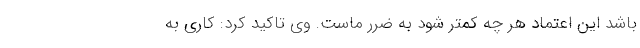
باشد این اعتماد هر چه کمتر شود به ضرر ماست. وی تاکید کرد: کاری به